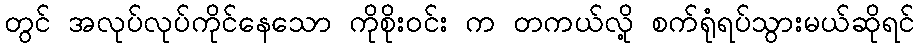
တွင် အလုပ်လုပ်ကိုင်နေသော ကိုစိုးဝင်း က တကယ်လို့ စက်ရုံရပ်သွားမယ်ဆိုရင်